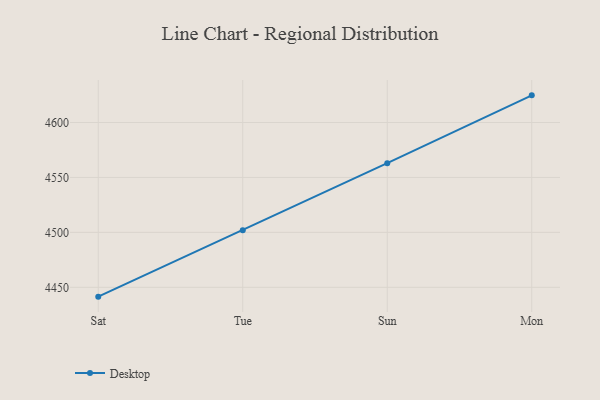
{"axis": {"x": "Day", "y": "Population (Million)"}, "legend": ["Desktop"], "data": [{"x": "Sat", "y": 4441.5, "type": "Desktop"}, {"x": "Tue", "y": 4501.9, "type": "Desktop"}, {"x": "Sun", "y": 4563.0, "type": "Desktop"}, {"x": "Mon", "y": 4624.7, "type": "Desktop"}]}